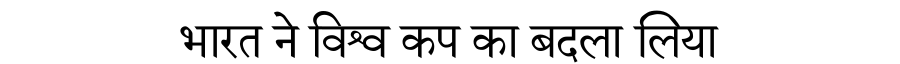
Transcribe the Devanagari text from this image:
भारत ने विश्व कप का बदला लिया